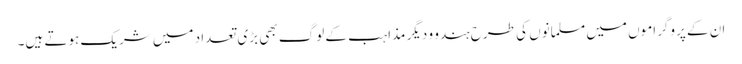
ان کے پروگراموں میں مسلمانوں کی طرح ہندو و دیگر مذاہب کے لوگ بھی بڑی تعداد میں شریک ہوتے ہیں۔